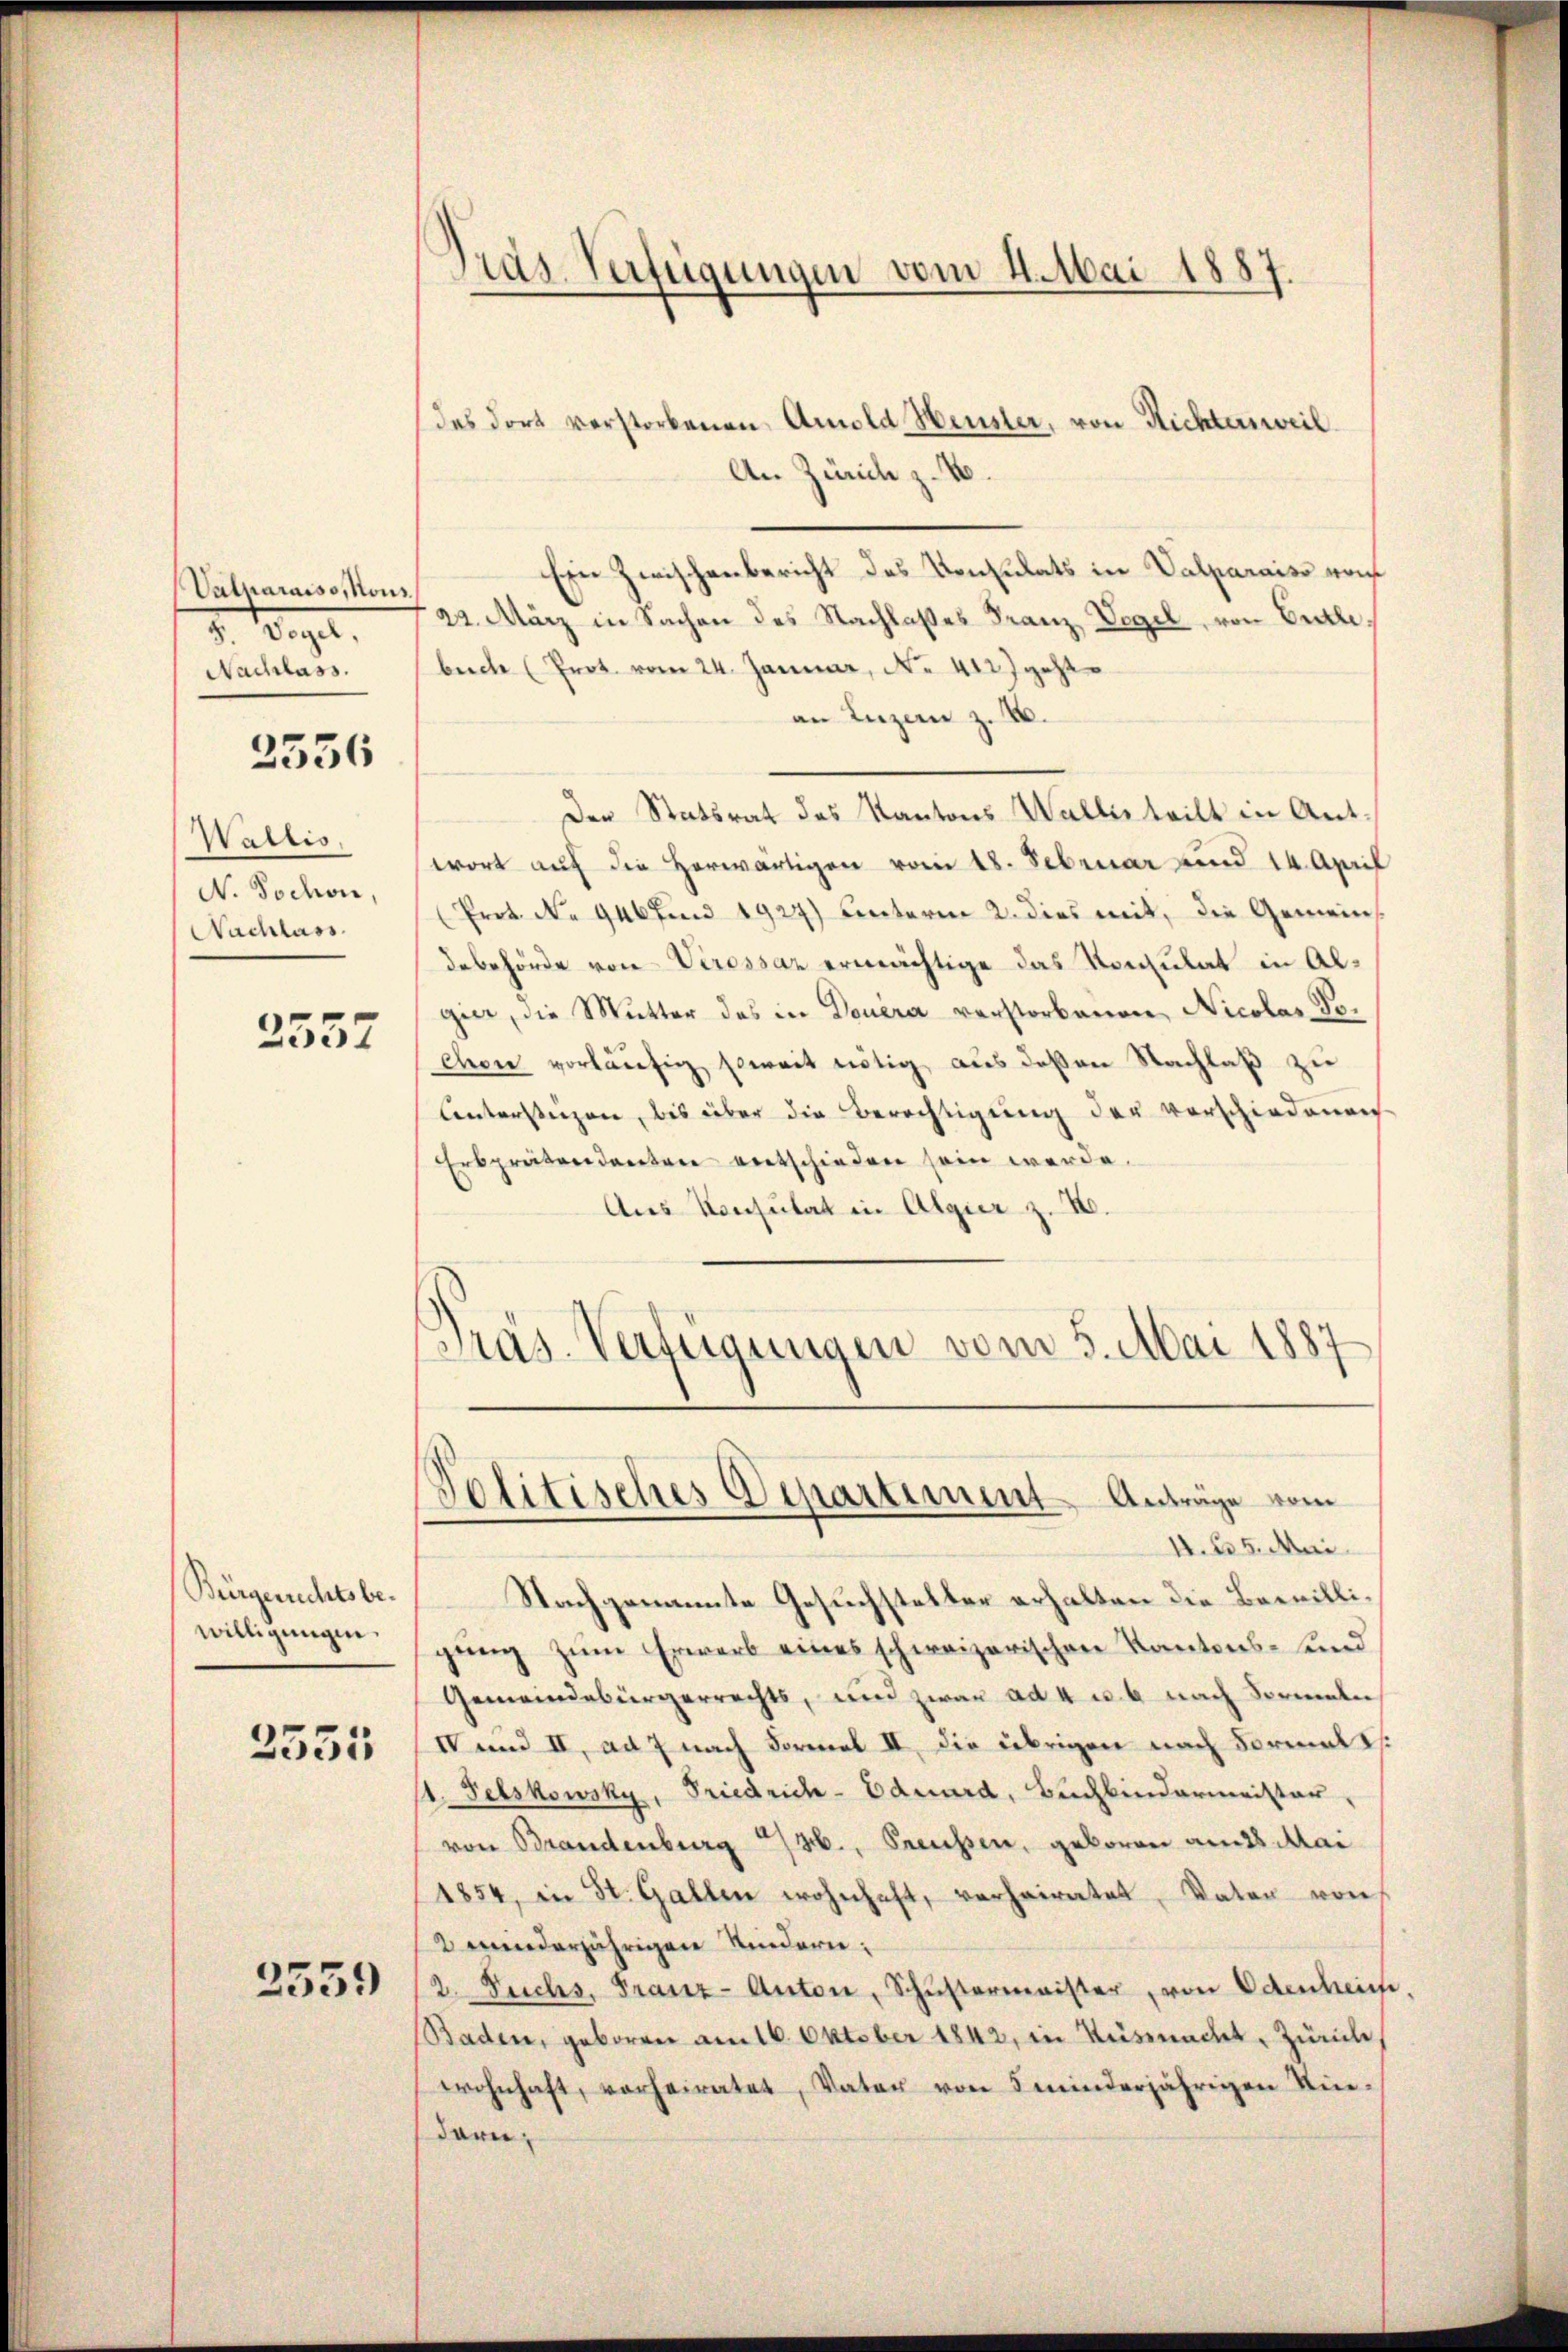
Valmaraiso, Nous
7. Bapt.
Nachlass.

2536

Wallis,
N. Tochon,
Nachlass

2557

Bürgerichtsbewilligungen.

2335

2559

Pras-Verfügungen vom 4. Mai 1887.

des dort verstorbenen Amold Heusler, von Richtersweil
An Zürich z. B.
Ein Zwischenbericht des Konsulats in Valparaiso vom
22. März in Sachen des Nachlaßes Franz, Vegel, von Enzlei,
bech (Prot vom 24. Januar, No. 412 geht
an Luzern z. B.
Der Statsrat des Kantons Wallis teilt in Antwort auf die Herwärtigen vom 18. Februar und 14. April
(Prot. No 946 find 192) unterm 2. dies mit, die Gemein
debehörde von Verossar ermächtige das Vormulat in Algier, die Mutter das in Deuera verstorbenen Nicolas Tochon vorläufig, soweit nötig aus deßen Nachlaß zu
Untersteigen, bis über die Berechtigung der Vorschiedenen
Erbprätendanten entschieden sein werde.
Aus Konsulat in Algier z. B.
Präs. Verfügungen vom 5. Mai 1887

Politisches Departiment Anträge vom
AI. 25. Mai.

Nachgenannte Gesuchsteller erhalten die Bewilligung zum Erwerb eines schweizerischen Kantons- und
Gemeindebürgerrechts, und zwar ad 4 u. 6 nach Sormali
IV und II, ad 7 nach Formel II die übrigen nach Formals.
1. Felskowsky, Friedrich-Eduard, Buchbindermeister,
von Brandenburg 430., Preussen, geboren am 28. Mai
1854, in St. Gallen wohnhaft, verheiratet, Vater von
2 minderjährigen Kindern:
2. Fuchs, Franz-Anton, Schŭstermeister, von Odenheim.
Baden, geboren am 16. Oktober 1842, in Küssnacht, Zürich,
wohnhaft, vorheiratet, Vater von 5 minderjährigen Kin-
daru